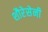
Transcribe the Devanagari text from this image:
शौरेसेनी